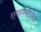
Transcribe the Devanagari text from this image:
रामनवमीपर्यंत